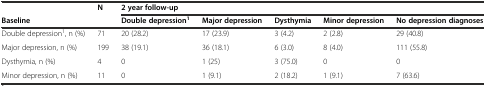
<table><thead><tr><td></td><td><b>N</b></td><td colspan="5"><b>2 year follow-up</b></td></tr><tr><td><b>Baseline</b></td><td></td><td><b>Double depression<sup>1</sup></b></td><td><b>Major depression</b></td><td><b>Dysthymia</b></td><td><b>Minor depression</b></td><td><b>No depression diagnoses</b></td></tr></thead><tbody><tr><td>Double depression<sup>1</sup>, n (%)</td><td>71</td><td>20 (28.2)</td><td>17 (23.9)</td><td>3 (4.2)</td><td>2 (2.8)</td><td>29 (40.8)</td></tr><tr><td>Major depression, n (%)</td><td>199</td><td>38 (19.1)</td><td>36 (18.1)</td><td>6 (3.0)</td><td>8 (4.0)</td><td>111 (55.8)</td></tr><tr><td>Dysthymia, n (%)</td><td>4</td><td>0</td><td>1 (25)</td><td>3 (75.0)</td><td>0</td><td>0</td></tr><tr><td>Minor depression, n (%)</td><td>11</td><td>0</td><td>1 (9.1)</td><td>2 (18.2)</td><td>1 (9.1)</td><td>7 (63.6)</td></tr></tbody></table>